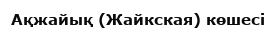
Ақжайық (Жайкская) көшесі